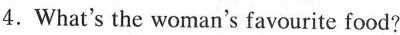
4.What's the woman's favourite food?